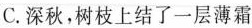
C.深秋，树枝上结了一层薄霜